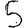
Digit: 5